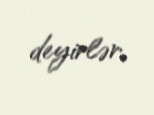
deyirlər.